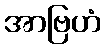
အာဗြဟံ